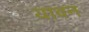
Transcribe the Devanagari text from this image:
यावन